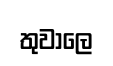
තුවාලෙ